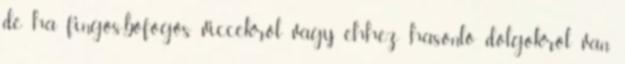
de ha fingós-böfögős viccekről vagy ehhez hasonló dolgokról van